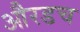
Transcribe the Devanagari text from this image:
औरडच